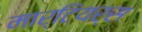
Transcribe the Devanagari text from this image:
मार्टियर्स